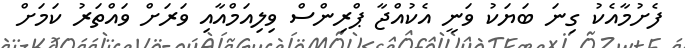
ފެށުމާއެކު ގިނަ ބަޔަކު ވަނީ އެކުއްޖާ ޕްރިންސް ވިލިއަމްއާއި ވަރަށް ވައްތަރު ކަމަށް